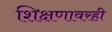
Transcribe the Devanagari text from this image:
शिक्षणावरही